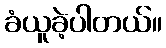
ခံယူခဲ့ပါတယ်။